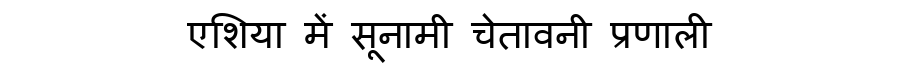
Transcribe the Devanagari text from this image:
एशिया में सूनामी चेतावनी प्रणाली